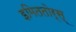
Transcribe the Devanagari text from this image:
इमिततोर्स्